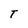
Character: T